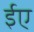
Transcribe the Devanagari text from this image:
ईए